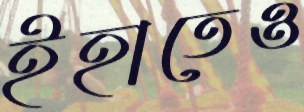
ইহাতেও